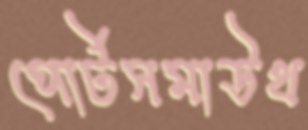
পোর্টসমাউথ